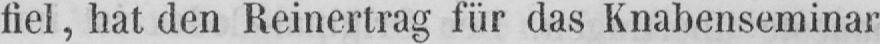
fiel, hat den Reinertrag für das Knabenseminar